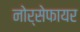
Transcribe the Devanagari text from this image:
नोर्सेफायर